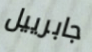
جابرييل